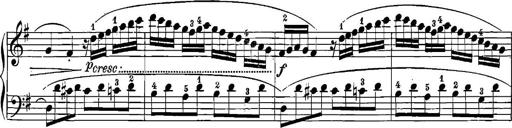
Title: 12 Sonatinas
Composer: Ignaz Pleyel